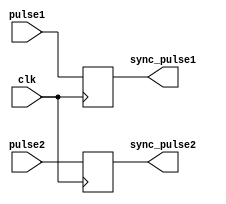
module timing_control_sync (
    input wire clk,  // Common clock signal
    input wire pulse1,  // Input pulse signal 1
    input wire pulse2,  // Input pulse signal 2
    output reg sync_pulse1,  // Synchronized pulse 1
    output reg sync_pulse2  // Synchronized pulse 2
);

// Synchronize pulse1 and pulse2 with the common clock signal
always @(posedge clk) begin
    sync_pulse1 <= pulse1;
    sync_pulse2 <= pulse2;
end

endmodule